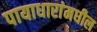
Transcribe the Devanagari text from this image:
पायाधारांमधील